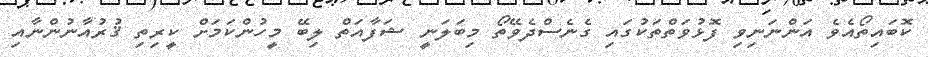
ކޮބައިތޯއެވެ އަންނަނިވި ފޮޅުވަތްތަކުގައި ގެނެސްދެވޭތޯ މިބަލަނީ ޝަފާއަތް ލިބޭ މީހުންކަމަށް ކީރިތި ޤުރުއާނުންނާއި